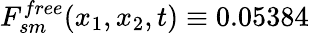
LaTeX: F_{sm}^{free}(x_{1},x_{2},t)\equiv 0.05384